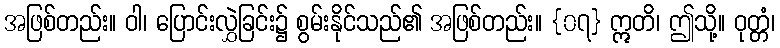
အဖြစ်တည်း။ ဝါ၊ ပြောင်းလွှဲခြင်း၌ စွမ်းနိုင်သည်၏ အဖြစ်တည်း။ {၀၇} ဣတိ၊ ဤသို့။ ဝုတ္တံ၊